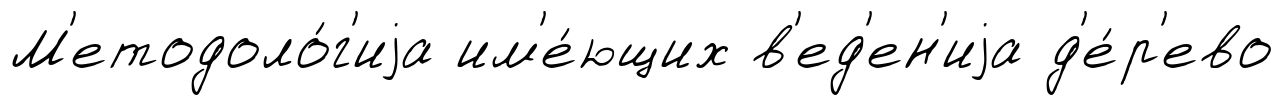
М'етодоло́г'иjа им'е́ющих в'ед'ен'иjа д'е́р'ево